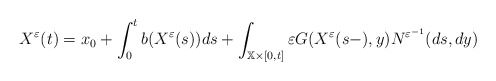
\begin{align*}X^{\varepsilon }(t)=x_{0}+\int_{0}^{t}b(X^{\varepsilon }(s))ds+\int_{\mathbb{X}\times \lbrack 0,t]}\varepsilon G(X^{\varepsilon }(s-),y)N^{\varepsilon^{-1}}(ds,dy) \end{align*}